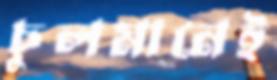
চুলমানেই